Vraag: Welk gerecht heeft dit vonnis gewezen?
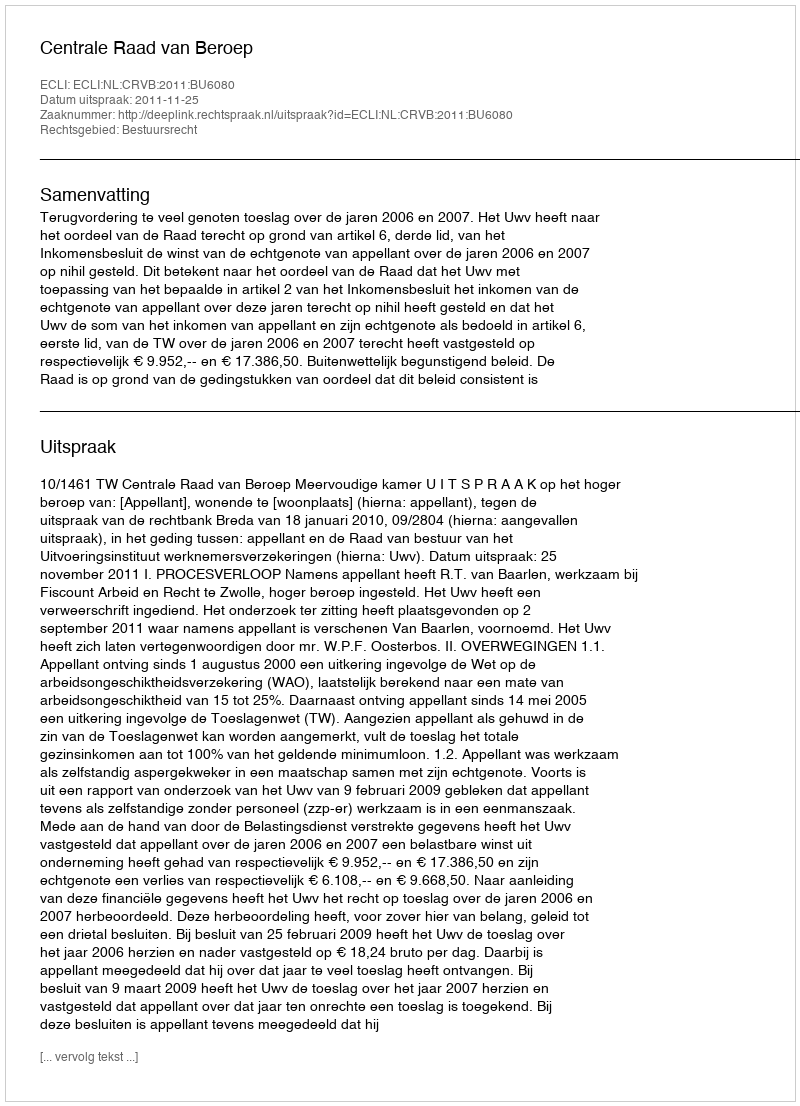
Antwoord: Centrale Raad van Beroep